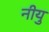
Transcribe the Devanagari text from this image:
नीयु